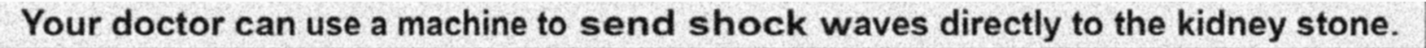
Your doctor can use a machine to send shock waves directly to the kidney stone.